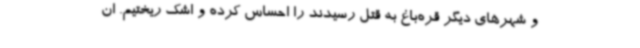
و شهرهای دیگر قره‌باغ به قتل رسیدند را احساس کرده و اشک ریختیم. ان